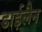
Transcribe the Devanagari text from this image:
डाईलैन